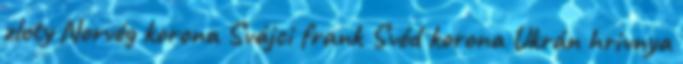
zloty Norvég korona Svájci frank Svéd korona Ukrán hrivnya